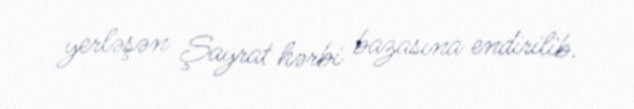
yerləşən Şayrat hərbi bazasına endirilib.